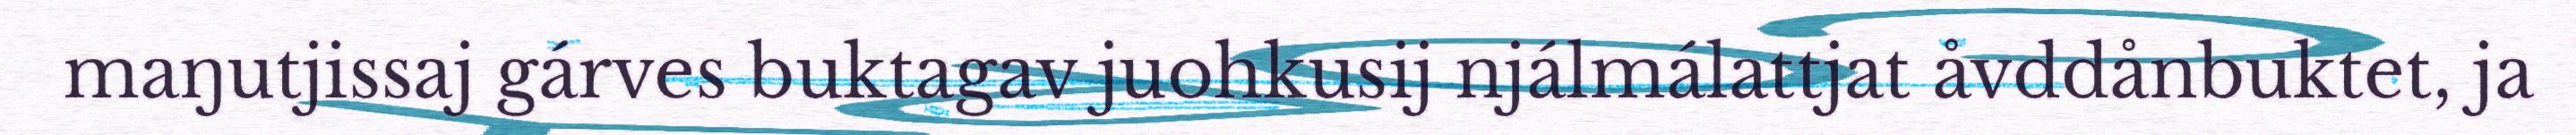
maŋutjissaj gárves buktagav juohkusij njálmálattjat åvddånbuktet, ja